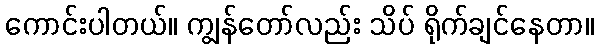
ကောင်းပါတယ်။ ကျွန်တော်လည်း သိပ် ရိုက်ချင်နေတာ။